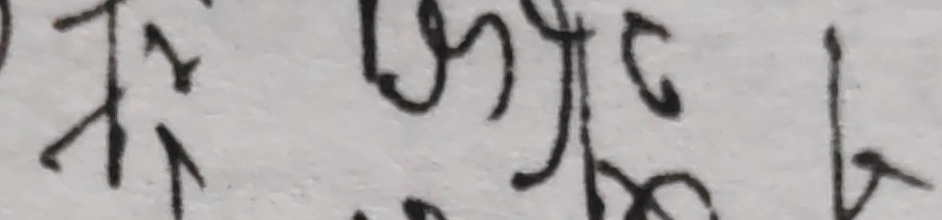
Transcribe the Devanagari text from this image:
The extracted text from the image is: निम्बन्दल